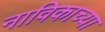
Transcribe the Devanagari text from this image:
नाविकाच्या